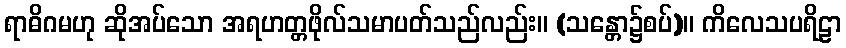
ရာဓိဂမဟု ဆိုအပ်သော အရဟတ္တဖိုလ်သမာပတ်သည်လည်း။ (သန္တော၌စပ်)။ ကိလေသပရိဠာ